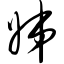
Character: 姊